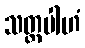
သတ္တပါဟံ